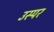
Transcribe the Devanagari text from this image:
उस्पर